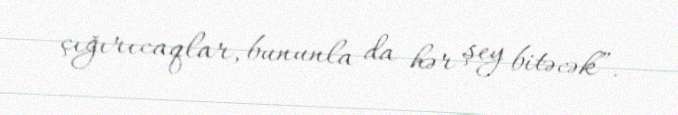
çığırıcaqlar, bununla da hər şey bitəcək”.